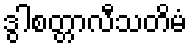
ဒွါစတ္တာလီသတိမံ